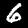
Label: 6